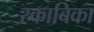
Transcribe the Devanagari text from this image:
रकाबिका